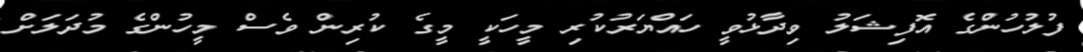
ފުލުހުންގެ އޮފިޝަލު ވިދާޅުވީ ހައްޔަރުކުރި މީހަކީ މީގެ ކުރިން ވެސް މީހުންގެ މުދަލަށް